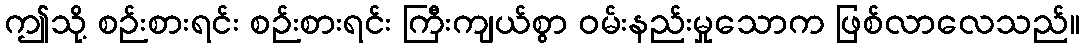
ဤသို့ စဉ်းစားရင်း စဉ်းစားရင်း ကြီးကျယ်စွာ ဝမ်းနည်းမှုသောက ဖြစ်လာလေသည်။